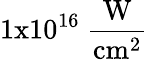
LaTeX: \mathrm{1x10^{16}~\frac{W}{cm^{2}}}